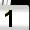
Digit: 1